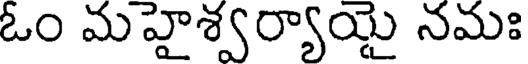
ఓం మహైశ్వర్యాయై నమః